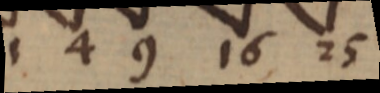
1 4 9 16 25